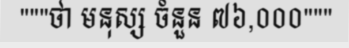
"""ថា មនុស្ស ចំនួន ៧៦,០០០"""